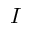
I